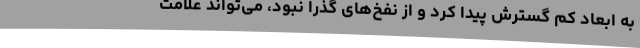
به ابعاد کم گسترش پیدا کرد و از نفخ‌های گذرا نبود، می‌تواند علامت